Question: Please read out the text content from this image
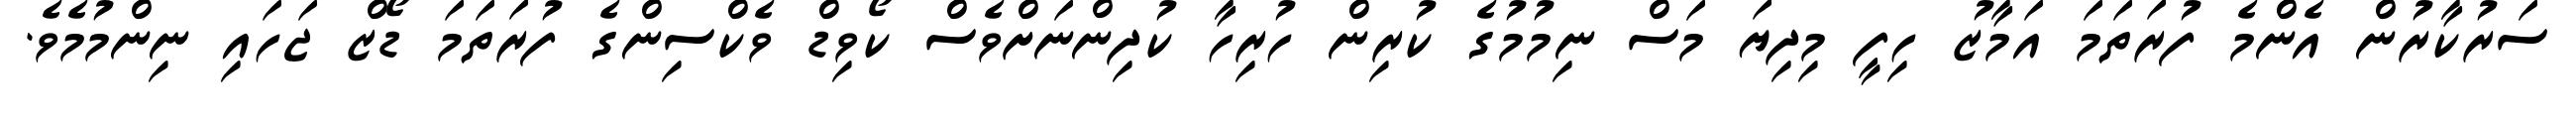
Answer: ސަރުކާރުން އެންމެ ފުރަތަމަ އަމާޒު ހިފީ މިދިޔަ މަސް ނިމުމުގެ ކުރިން ހުރިހާ ކުދިންނަށްވެސް ކޯވިޑް ވެކްސިންގެ ފުރަތަމަ ޑޯޒް ޖަހައި ނިންމުމެވެ.